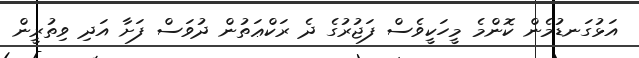
އަޅުގަނޑުމެން ކޮންމެ މީހަކީވެސް ފަޖުރުގެ ދެ ރަކްޢަތުން ދުވަސް ފަށާ އަދި ވިތުރީން